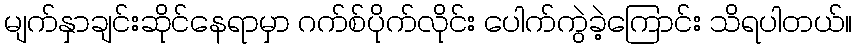
မျက်နှာချင်းဆိုင်နေရာမှာ ဂက်စ်ပိုက်လိုင်း ပေါက်ကွဲခဲ့ကြောင်း သိရပါတယ်။